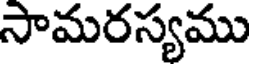
సామరస్యము